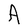
Character: A